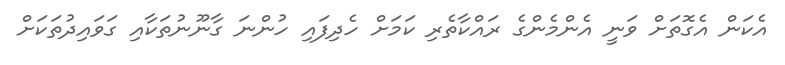
އެކަން އެގޮތަށް ވަނީ އެންމެންގެ ރައްކާތެރި ކަމަށް ހެދިފައި ހުންނަ ގާނޫނުތަކާއި ގަވައިދުތަކަށް